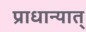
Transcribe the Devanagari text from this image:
प्राधान्यात्